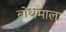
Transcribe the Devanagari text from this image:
बोधमाला